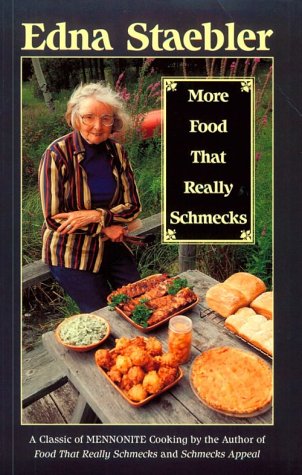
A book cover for More Food That Really Schmecks; Edna Staebler; Cookbooks, Food & Wine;